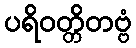
ပရိဝတ္တိတဗ္ဗံ